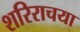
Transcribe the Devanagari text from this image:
शरिराचया